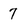
Character: 7